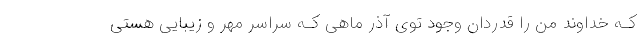
کـه خداوند من را قدردان وجود توی آذر ماهی کـه سراسر مهر و زیبایی هستی